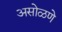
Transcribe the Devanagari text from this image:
असोळणे